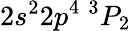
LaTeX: {2s^{2}2p^{4}~^{3}P_{2}}